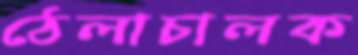
ঠেলাচালক